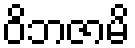
ဝိဘဇာမိ